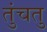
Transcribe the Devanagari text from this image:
तुंचतु